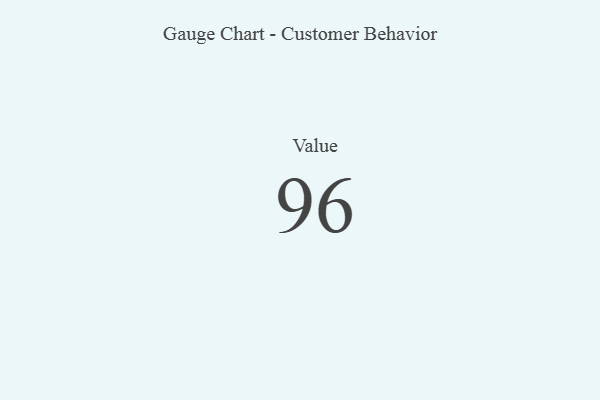
{"axis": {"x": "Metric", "y": "Value"}, "legend": [""], "data": [{"x": "Value", "y": 96, "type": ""}]}